system: You are a helpful assistant.
user:
Analyze the provided spectrum to determine if it is a **"Cataclysmic Variables (CV)"**.

- **Key Indicators for CV (Check for either state):**
    - **State 1: Quiescent / Low-State (Emission-Dominated)**
        - **(Primary):** Strong and *very broad* Hydrogen Balmer emission lines (e.g., $H\alpha$ at 6563 Å, $H\beta$ at 4861 Å). The 'broadness' (high velocity dispersion, often FWHM > 1000 km/s) is the key diagnostic, indicating a high-velocity accretion disk.
        - **(Secondary):** Broad neutral Helium (He I) emission lines (e.g., 5876 Å, 6678 Å).
        - **(Key Confirmation):** Presence of high-excitation *ionized* Helium (He II) emission at 4686 Å. This is a strong indicator of accretion onto a white dwarf.
        - **(Line Profile):** Emission lines may exhibit a 'double-peaked' profile, which is a classic signature of a rotating accretion disk viewed at high inclination.

    - **State 2: Outburst / High-State (Absorption-Dominated)**
        - **(Primary):** Spectrum is dominated by a bright, blue continuum (looks like a hot star).
        - **(Secondary):** The emission lines from State 1 are weak, absent, or 'filled in', and are replaced by broad, shallow *absorption* lines (primarily Balmer and He I).
        - **(Morphology):** The overall spectrum mimics a hot B/A-type star. The crucial difference is that the absorption lines are significantly broader, shallower, and more 'washed-out' (or 'smeared') than the sharp lines of a normal stellar photosphere, due to high rotational speeds and pressure broadening in the disk.

Think first, call **spectral_visualization_tool** if needed to examine features in detail, then provide your final answer. Your response must adhere to the following strict rules:
1.  **Overall Structure:** Your response must follow the format `<think>...</think> <tool_call>...</tool_call> (if a tool is used) <answer>...</answer>`.
2.  **Tool Usage Constraint:** You may only make **one** tool call per turn.
3.  **Final Answer Format:** In the `<answer>` tag, your conclusion must be inside a `\boxed{}` command (e.g., `\boxed{YES}`), followed by your justification.

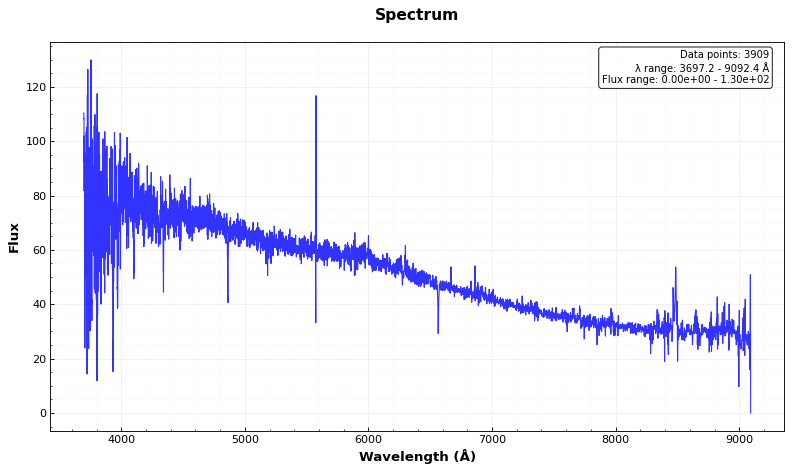
Answer: NO